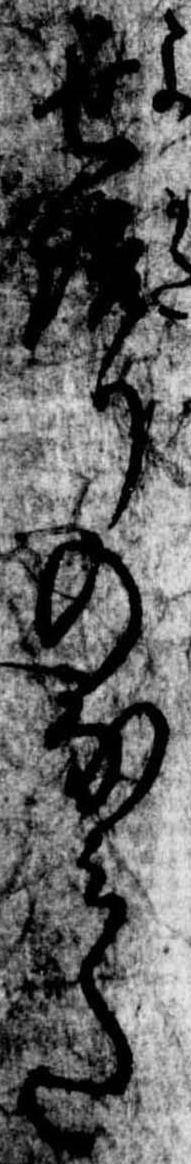
世りのなみた